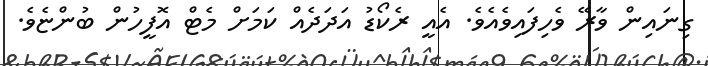
ގިނައިން ވާރޭ ވެހިފައިވެއެވެ. އެއީ ރެކޯޑު އަދަދެއް ކަމަށް މެޓް އޮފީހުން ބުންޏެވެ.